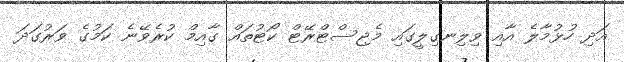
އަދި ހުޅުމާލެ އާއި ވިލިނގިލީގައި މެޖިސްޓްރޭޓް ކޯޓުތައް ގާއިމް ކުރެވޭނެ ކަމުގެ ވަރުގަދަ